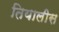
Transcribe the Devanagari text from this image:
तियालीस